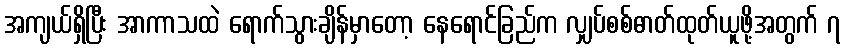
အကျယ်ရှိပြီး အာကာသထဲ ရောက်သွားချိန်မှာတော့ နေရောင်ခြည်က လျှပ်စစ်ဓာတ်ထုတ်ယူဖို့အတွက် ၇